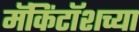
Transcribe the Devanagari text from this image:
मॅकिंटॉशच्या